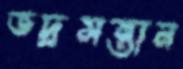
ভদ্রসন্তান